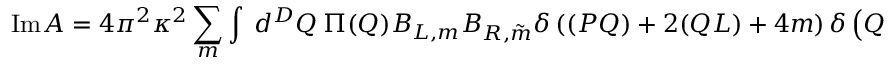
\mathrm { I m } A = 4 \pi ^ { 2 } \kappa ^ { 2 } \sum _ { m } \int ~ d ^ { D } Q ~ \Pi ( Q ) B _ { L , m } B _ { R , \tilde { m } } \delta \left( ( P Q ) + 2 ( Q L ) + 4 m \right) \delta \left( Q ^ { 2 } \right) \, ,